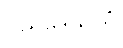
ဝိညုဒေသိတံ